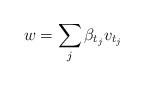
LaTeX: \begin{align*}w = \sum_{j} \beta_{t_j} v_{t_j}\end{align*}